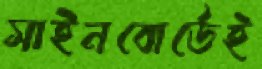
সাইনবোর্ডেই